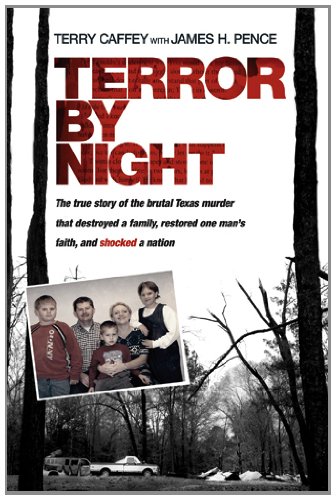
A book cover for Terror by Night: The True Story of the Brutal Texas Murder That Destroyed a Family, Restored One Man's Faith, and Shocked a Nation; Terry Caffey; Biographies & Memoirs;